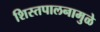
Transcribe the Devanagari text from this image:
शिस्तपालनामुळे